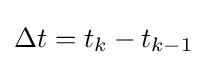
\Delta t=t_{k}-t_{k-1}